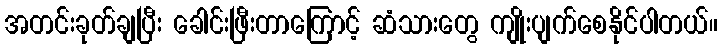
အတင်းခုတ်ချပြီး ခေါင်းဖြီးတာကြောင့် ဆံသားတွေ ကျိုးပျက်စေနိုင်ပါတယ်။